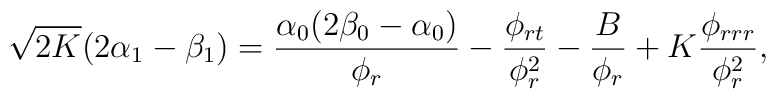
\sqrt{2K}(2\alpha_1-\beta_1)=\frac{\alpha_0 (2\beta_0-\alpha_0)}{\phi_r}-\frac{\phi_{rt}}{\phi_r^2}-\frac{B}{\phi_r}+K\frac{\phi_{rrr}}{\phi_r^2},